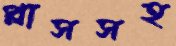
প্লাসসহ